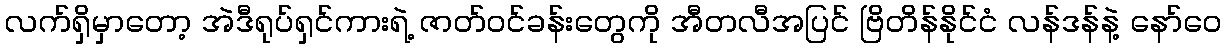
လက်ရှိမှာတော့ အဲဒီရုပ်ရှင်ကားရဲ့ ဇာတ်ဝင်ခန်းတွေကို အီတလီအပြင် ဗြိတိန်နိုင်ငံ လန်ဒန်နဲ့ နော်ဝေ